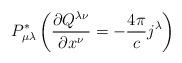
LaTeX: \begin{align*}P_{\mu\lambda}^{\ast}\left( \frac{\partial Q^{\lambda\nu}}{\partial x^{\nu}}=-\frac{4\pi}{c}j^{\lambda}\right) \end{align*}